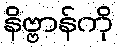
နိဗ္ဗာန်ကို